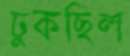
ঢুকছিল